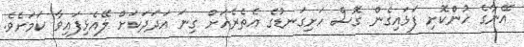
އޭނާގެ ހުންްކޮށި ފަޅައިގެން ގޮސް ހަށިގަނޑުގެ އެތެރެއަށް ގިނަ އަދަދަކަށް ލޭއެޅިފައިވާ ކަމަށެވެ.